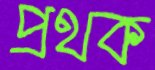
প্রথক